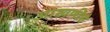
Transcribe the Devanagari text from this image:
आखणीचे